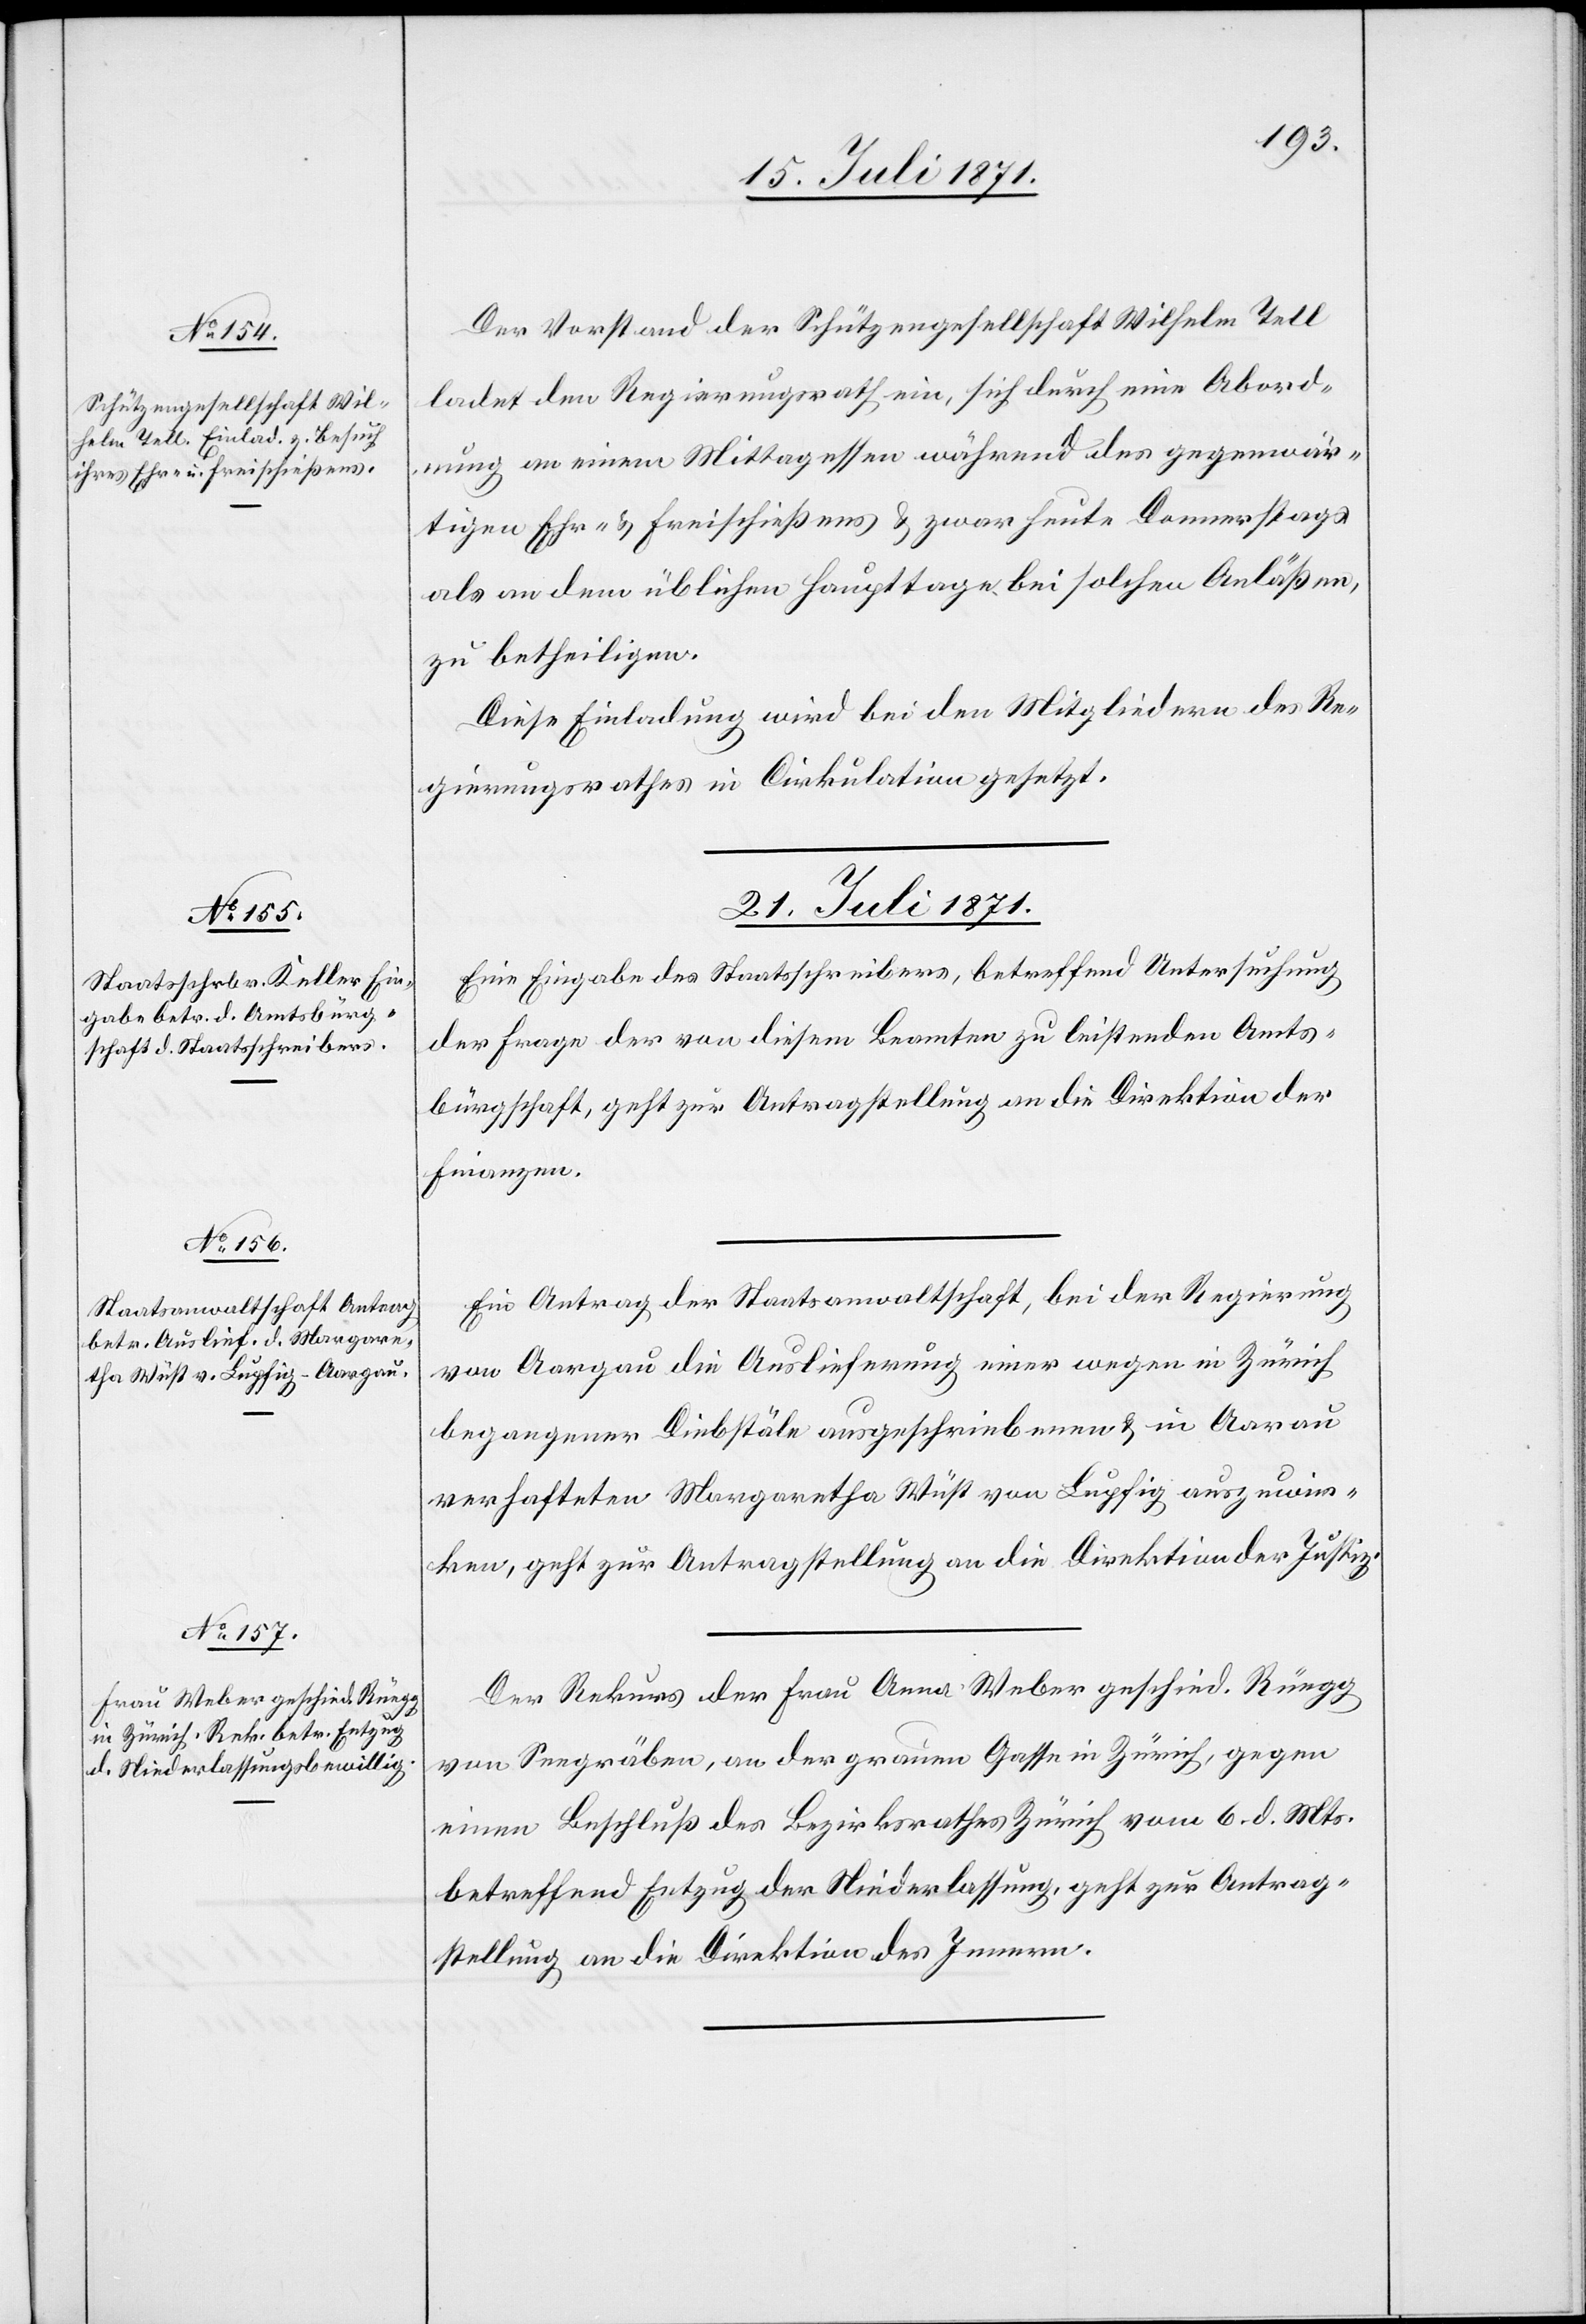
21. Juli 1871.]
Der Vorstand der Schützengesellschaft Wilhelm Tell
ladet den Regierungsrath ein, sich durch eine Abord¬
nung an einem Mittagessen während des gegenwär¬
tigen Ehr- u. Freischießens u. zwar heute Donnerstags
als an dem üblichen Haupttage bei solchen Anläßen,
zu betheiligen.
Diese Einladung wird bei den Mitgliedern des Re¬
gierungsrathes in Cirkulation gesetzt.
21. Juli 1871.
Eine Eingabe des Staatsschreibers, betreffend Untersuchung
der Frage der von diesem Beamten zu leistenden Amts¬
bürgschaft, geht zur Antragstellung an die Direktion der
Finanzen.
Ein Antrag der Staatsanwaltschaft, bei der Regierung
von Aargau die Auslieferung einer wegen in Zürich
begangener Diebstäle ausgeschriebenen u. in Aarau
verhafteten Margaretha Wüst von Lupfig auszuwir¬
ken, geht zur Antragstellung an die Direktion der Justiz.
Der Rekurs der Frau Anna Weber geschied. Rüegg
von Seegräben, an der grauen Gasse in Zürich, gegen
einen Beschluß des Bezirksrathes Zürich vom 6. d. Mts.
betreffend Entzug der Niederlassung, geht zur Antrag¬
stellung an die Direktion des Innern.